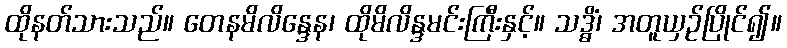
ထိုနတ်သားသည်။ တေနမိလိန္ဒေန၊ ထိုမိလိန္ဒမင်းကြီးနှင့်။ သဒ္ဓိံ၊ အတူယှဉ်ပြိုင်၍။